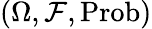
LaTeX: (\Omega,\mathcal{F},\operatorname{Prob})